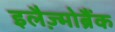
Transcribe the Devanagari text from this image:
इलैज़्मोब्रैंक